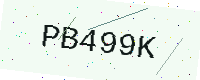
Text: PB499K